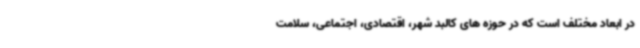
در ابعاد مختلف است که در حوزه های کالبد شهر، اقتصادی، اجتماعی، سلامت